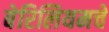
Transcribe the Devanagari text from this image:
बेरिलियमचे